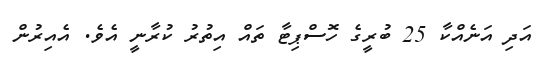
އަދި އަނެއްކާ 25 ބުރީގެ ހޮސްޕިޓާ ތައް އިތުރު ކުރާނީ އެވެ. އެއިރުން